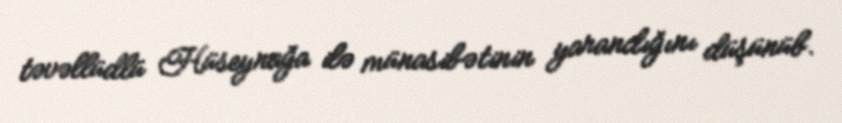
təvəllüdlü Hüseynağa ilə münasibətinin yarandığını düşünüb.